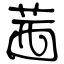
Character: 茜